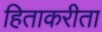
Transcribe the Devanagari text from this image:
हिताकरीता